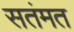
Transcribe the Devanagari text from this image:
सतंमत